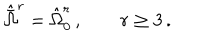
LaTeX: { \hat { \bar { \Omega } } } ^ { r } = { \hat { \Omega } } _ { 0 } ^ { r } \, , \qquad r \geq 3 \, .